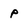
Character: p